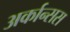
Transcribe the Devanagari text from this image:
अर्कान्सस